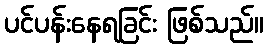
ပင်ပန်းနေရခြင်း ဖြစ်သည်။